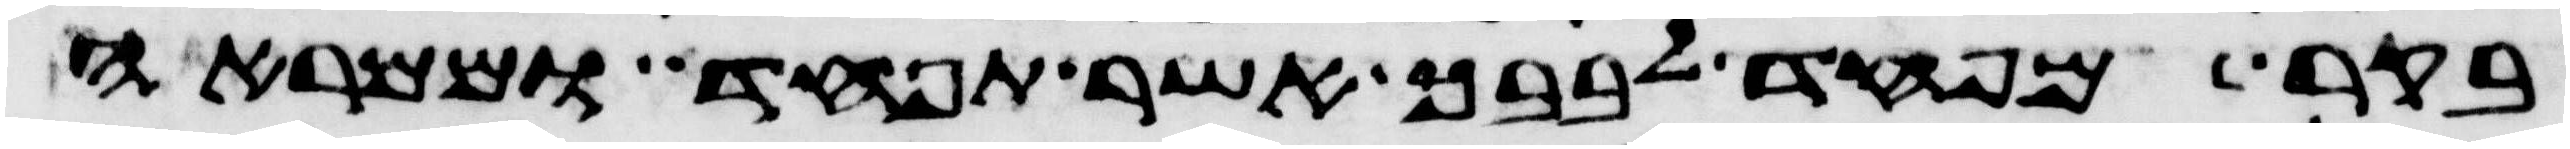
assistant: בקר מפחד לבבך אשר תפחד וממראה